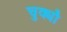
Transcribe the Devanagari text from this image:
चुक्यौ